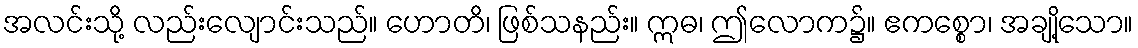
အလင်းသို့ လည်းလျောင်းသည်။ ဟောတိ၊ ဖြစ်သနည်း။ ဣဓ၊ ဤလောက၌။ ဧကစ္စော၊ အချို့သော။